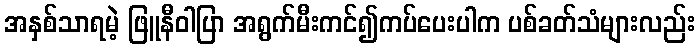
အနှစ်သာရမဲ့ ဖြူနီဝါပြာ အရွက်မီးကင်၍ကပ်ပေးပါက ပစ်ခတ်သံများလည်း